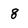
Character: 8